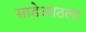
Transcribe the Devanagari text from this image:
साडेआठला